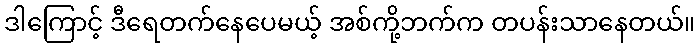
ဒါကြောင့် ဒီရေတက်နေပေမယ့် အစ်ကို့ဘက်က တပန်းသာနေတယ်။